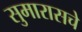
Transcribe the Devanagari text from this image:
सुमारासचे